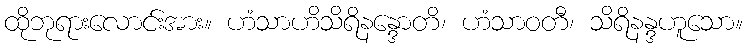
ထိုဘုရားလောင်းအား။ ဟံသာဟိသိရိနန္ဒောတိ၊ ဟံသာဝတီ၊ သိရိနန္ဒဟူသော။